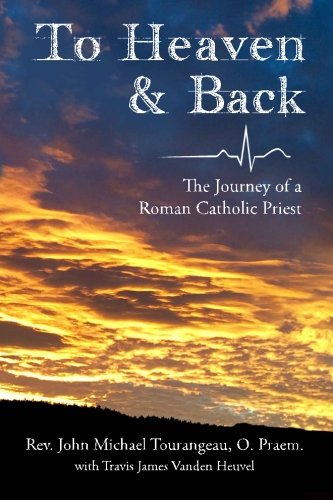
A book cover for To Heaven & Back: The Journey of a Roman Catholic Priest; Rev John Michael Tourangeau; Christian Books & Bibles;